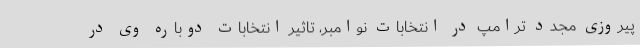
پیروزی مجدد ترامپ در انتخابات نوامبر، تاثیر انتخابات دوباره وی در